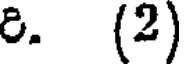
8. (2)